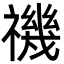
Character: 禨